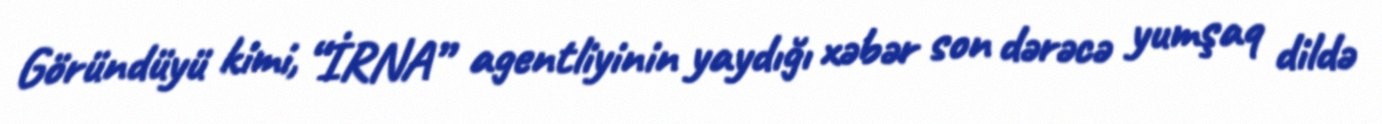
Göründüyü kimi, “İRNA” agentliyinin yaydığı xəbər son dərəcə yumşaq dildə